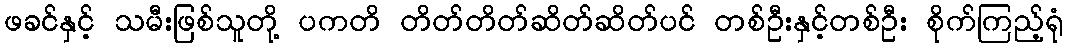
ဖခင်နှင့် သမီးဖြစ်သူတို့ ပကတိ တိတ်တိတ်ဆိတ်ဆိတ်ပင် တစ်ဦးနှင့်တစ်ဦး စိုက်ကြည့်ရုံ